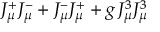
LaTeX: J _ { \mu } ^ { + } J _ { \mu } ^ { - } + J _ { \mu } ^ { - } J _ { \mu } ^ { + } + g \, J _ { \mu } ^ { 3 } J _ { \mu } ^ { 3 }